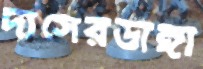
দাসেরডাঙ্গা